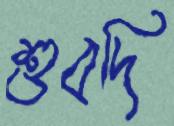
শুবদি